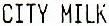
CITY MILK